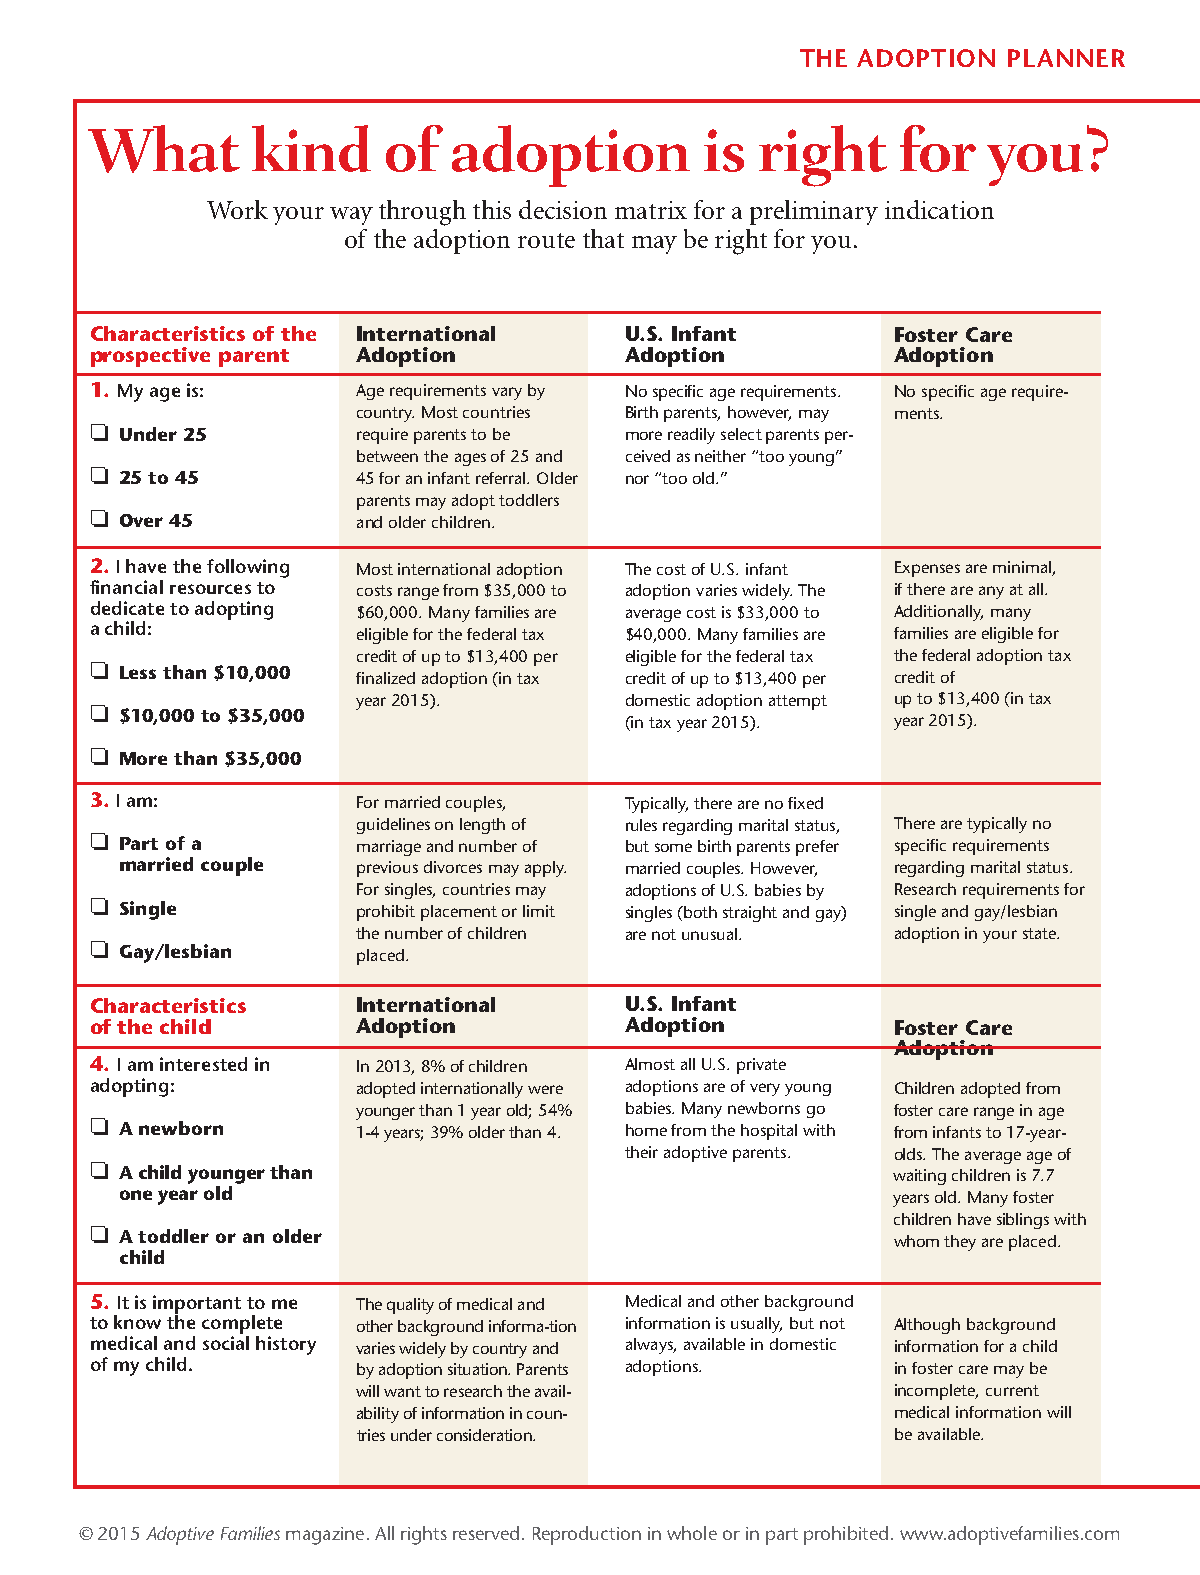
THE ADOPTION  PLANNER
 What       kind    of   adoption        is  right    for   you?
 Work your way through this decision matrix for a preliminary indication
 of the adoption route that may be right for you.
 Characteristics of the International U.S. Infant     Foster Care
 prospective parent Adoption        Adoption          Adoption
 1. My age is:     Age requirements vary by No specific age requirements. No specific age require-
 country. Most countries Birth parents, however, may ments.
 o Under 25        require parents to be more readily select parents per-
 between the ages of 25 and ceived as neither “too young”
 o 25 to 45        45 for an infant referral. Older nor “too old.”
 parents may adopt toddlers
 o Over 45         and older children.
 2.I have the following Most international adoption The cost of U.S. infant Expenses are minimal,
 financial resources to costs range from $35,000 to adoption varies widely. The if there are any at all.
 dedicate to adopting $60,000. Many families are average cost is $33,000 to Additionally, many
 a child:          eligible for the federal tax $40,000. Many families are families are eligible for
 credit of up to $13,400 per eligible for the federal tax the federal adoption tax
 o Less than $10,000 finalized adoption (in tax credit of up to $13,400 per credit of
 year 2015).      domestic adoption attempt up to $13,400 (in tax
 o $10,000 to $35,000               (in tax year 2015). year 2015).
 o More than $35,000
 3.I am:           For married couples, Typically, there are no fixed
 guidelines on length of rules regarding marital status, There are typically no
 o Part of a       marriage and number of but some birth parents prefer specific requirements
 married couple  previous divorces may apply. married couples. However, regarding marital status.
 For singles, countries may adoptions of U.S. babies by Research requirements for
 o Single          prohibit placement or limit singles (both straight and gay) single and gay/lesbian
 the number of children are not unusual. adoption in your state.
 o Gay/lesbian     placed.
 Characteristics   International    U.S. Infant
 of the child      Adoption         Adoption          Foster Care
 Adoption
 4. I am interested in In 2013, 8% of children Almost all U.S. private
 adopting:         adopted internationally were adoptions are of very young Children adopted from
 younger than 1 year old; 54% babies. Many newborns go foster care range in age
 o A newborn       1-4 years; 39% older than 4. home from the hospital with from infants to 17-year-
 their adoptive parents. olds. The average age of
 o A child younger than                               waiting children is 7.7
 one year old                                       years old. Many foster
 children have siblings with
 o A toddler or an older                              whom they are placed.
 child
 5. It is important to me The quality of medical and Medical and other background
 to know the complete other background informa-tion information is usually, but not Although background
 medical and social history varies widely by country and always, available in domestic information for a child
 of my child.      by adoption situation. Parents adoptions. in foster care may be
 will want to research the avail-   incomplete, current
 ability of information in coun-    medical information will
 tries under consideration.         be available.
 © 2015 Adoptive Familiesmagazine. All rights reserved. Reproduction in whole or in part prohibited. www.adoptivefamilies.com